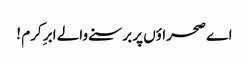
اے صحراؤں پر برسنے والے ابرِ کرم !